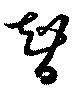
智